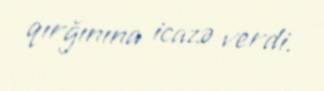
qırğınına icazə verdi.